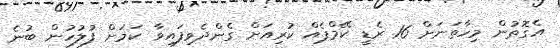
އެގޮތުން މިހާތަނަށް 16 ރެޑީ ކޭމްޕެއް ކުރިއަށް ގެންދެވިފައިވާ ކަމަށް ފުލުހުން ބުނެ